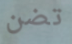
تضن